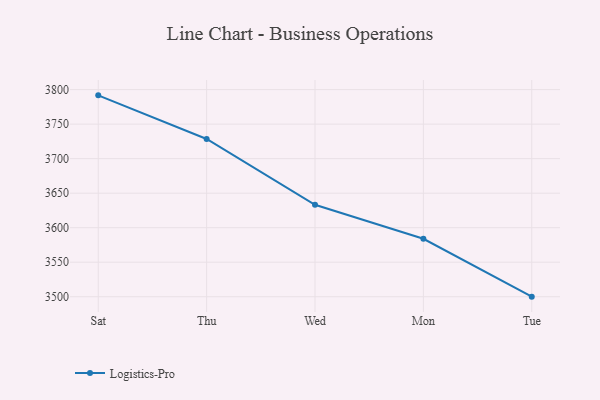
{"axis": {"x": "Day", "y": "Operating Costs (USD K)"}, "legend": ["Logistics-Pro"], "data": [{"x": "Sat", "y": 3791.7, "type": "Logistics-Pro"}, {"x": "Thu", "y": 3728.5, "type": "Logistics-Pro"}, {"x": "Wed", "y": 3633.2, "type": "Logistics-Pro"}, {"x": "Mon", "y": 3583.9, "type": "Logistics-Pro"}, {"x": "Tue", "y": 3500.1, "type": "Logistics-Pro"}]}